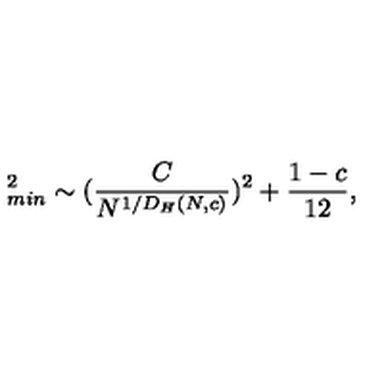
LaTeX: \protectE _ { m i n } ^ { 2 } \sim ( { \frac { C } { N ^ { 1 / D _ { H } ( N , c ) } } } ) ^ { 2 } + { \frac { 1 - c } { 1 2 } } ,